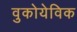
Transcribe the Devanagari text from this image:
वुकोयेविक